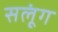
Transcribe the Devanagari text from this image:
सलूंग